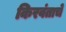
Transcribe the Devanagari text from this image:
किरवंताचे